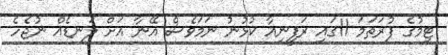
ޓީމުގެ ފުރަތަމަ 11ގައި ރަފީނިއާ ކުޅުނު ނަމަވެސް އޭނާ އަށް ލަނޑެއް ނުޖެހެ